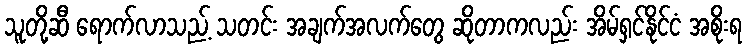
သူတို့ဆီ ရောက်လာသည့် သတင်း အချက်အလက်တွေ ဆိုတာကလည်း အိမ်ရှင်နိုင်ငံ အစိုးရ